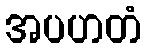
အပဟတံ